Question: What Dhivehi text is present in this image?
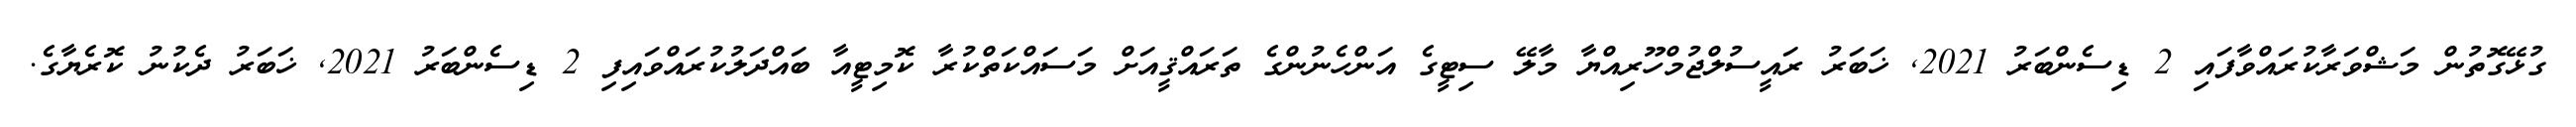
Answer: ގުޅޭގޮތުން މަޝްވަރާކުރައްވާފައި 2 ޑިސެންބަރު 2021, ޚަބަރު ރައީސުލްޖުމްހޫރިއްޔާ މާލޭ ސިޓީގެ އަންހެނުންގެ ތަރައްޤީއަށް މަސައްކަތްކުރާ ކޮމިޓީއާ ބައްދަލުކުރައްވައިފި 2 ޑިސެންބަރު 2021, ޚަބަރު ދެކުނު ކޮރެޔާގެ.